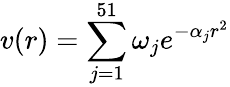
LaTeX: v(r)=\sum_{j=1}^{51}\omega_{j}e^{-\alpha_{j}r^{2}}